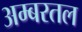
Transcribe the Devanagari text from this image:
अम्बरतल